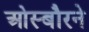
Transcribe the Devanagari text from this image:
ओस्बौरने